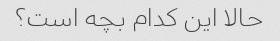
حالا این کدام بچه است؟